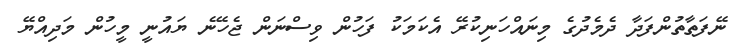
ނޭފަތާތުންފަދާ ދެމެދުގެ މިނައްހަނިކުރޭ އެކަމަކު ފަހުން ވިސްނަން ޖެހޭނެ ޔައުނީ މީހުން މަދިއްޔޭ